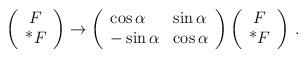
LaTeX: \begin{align*}\left( \begin{array}{c} F\\ $*$F\end{array}\right) \rightarrow \left( \begin{array}{ll} \cos\alpha &\sin\alpha\\ -\sin\alpha & \cos\alpha\end{array}\right)\left( \begin{array}{c} F\\ $*$F\end{array}\right) \,.\end{align*}